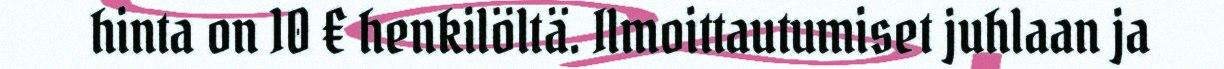
hinta on 10 € henkilöltä. Ilmoittautumiset juhlaan ja